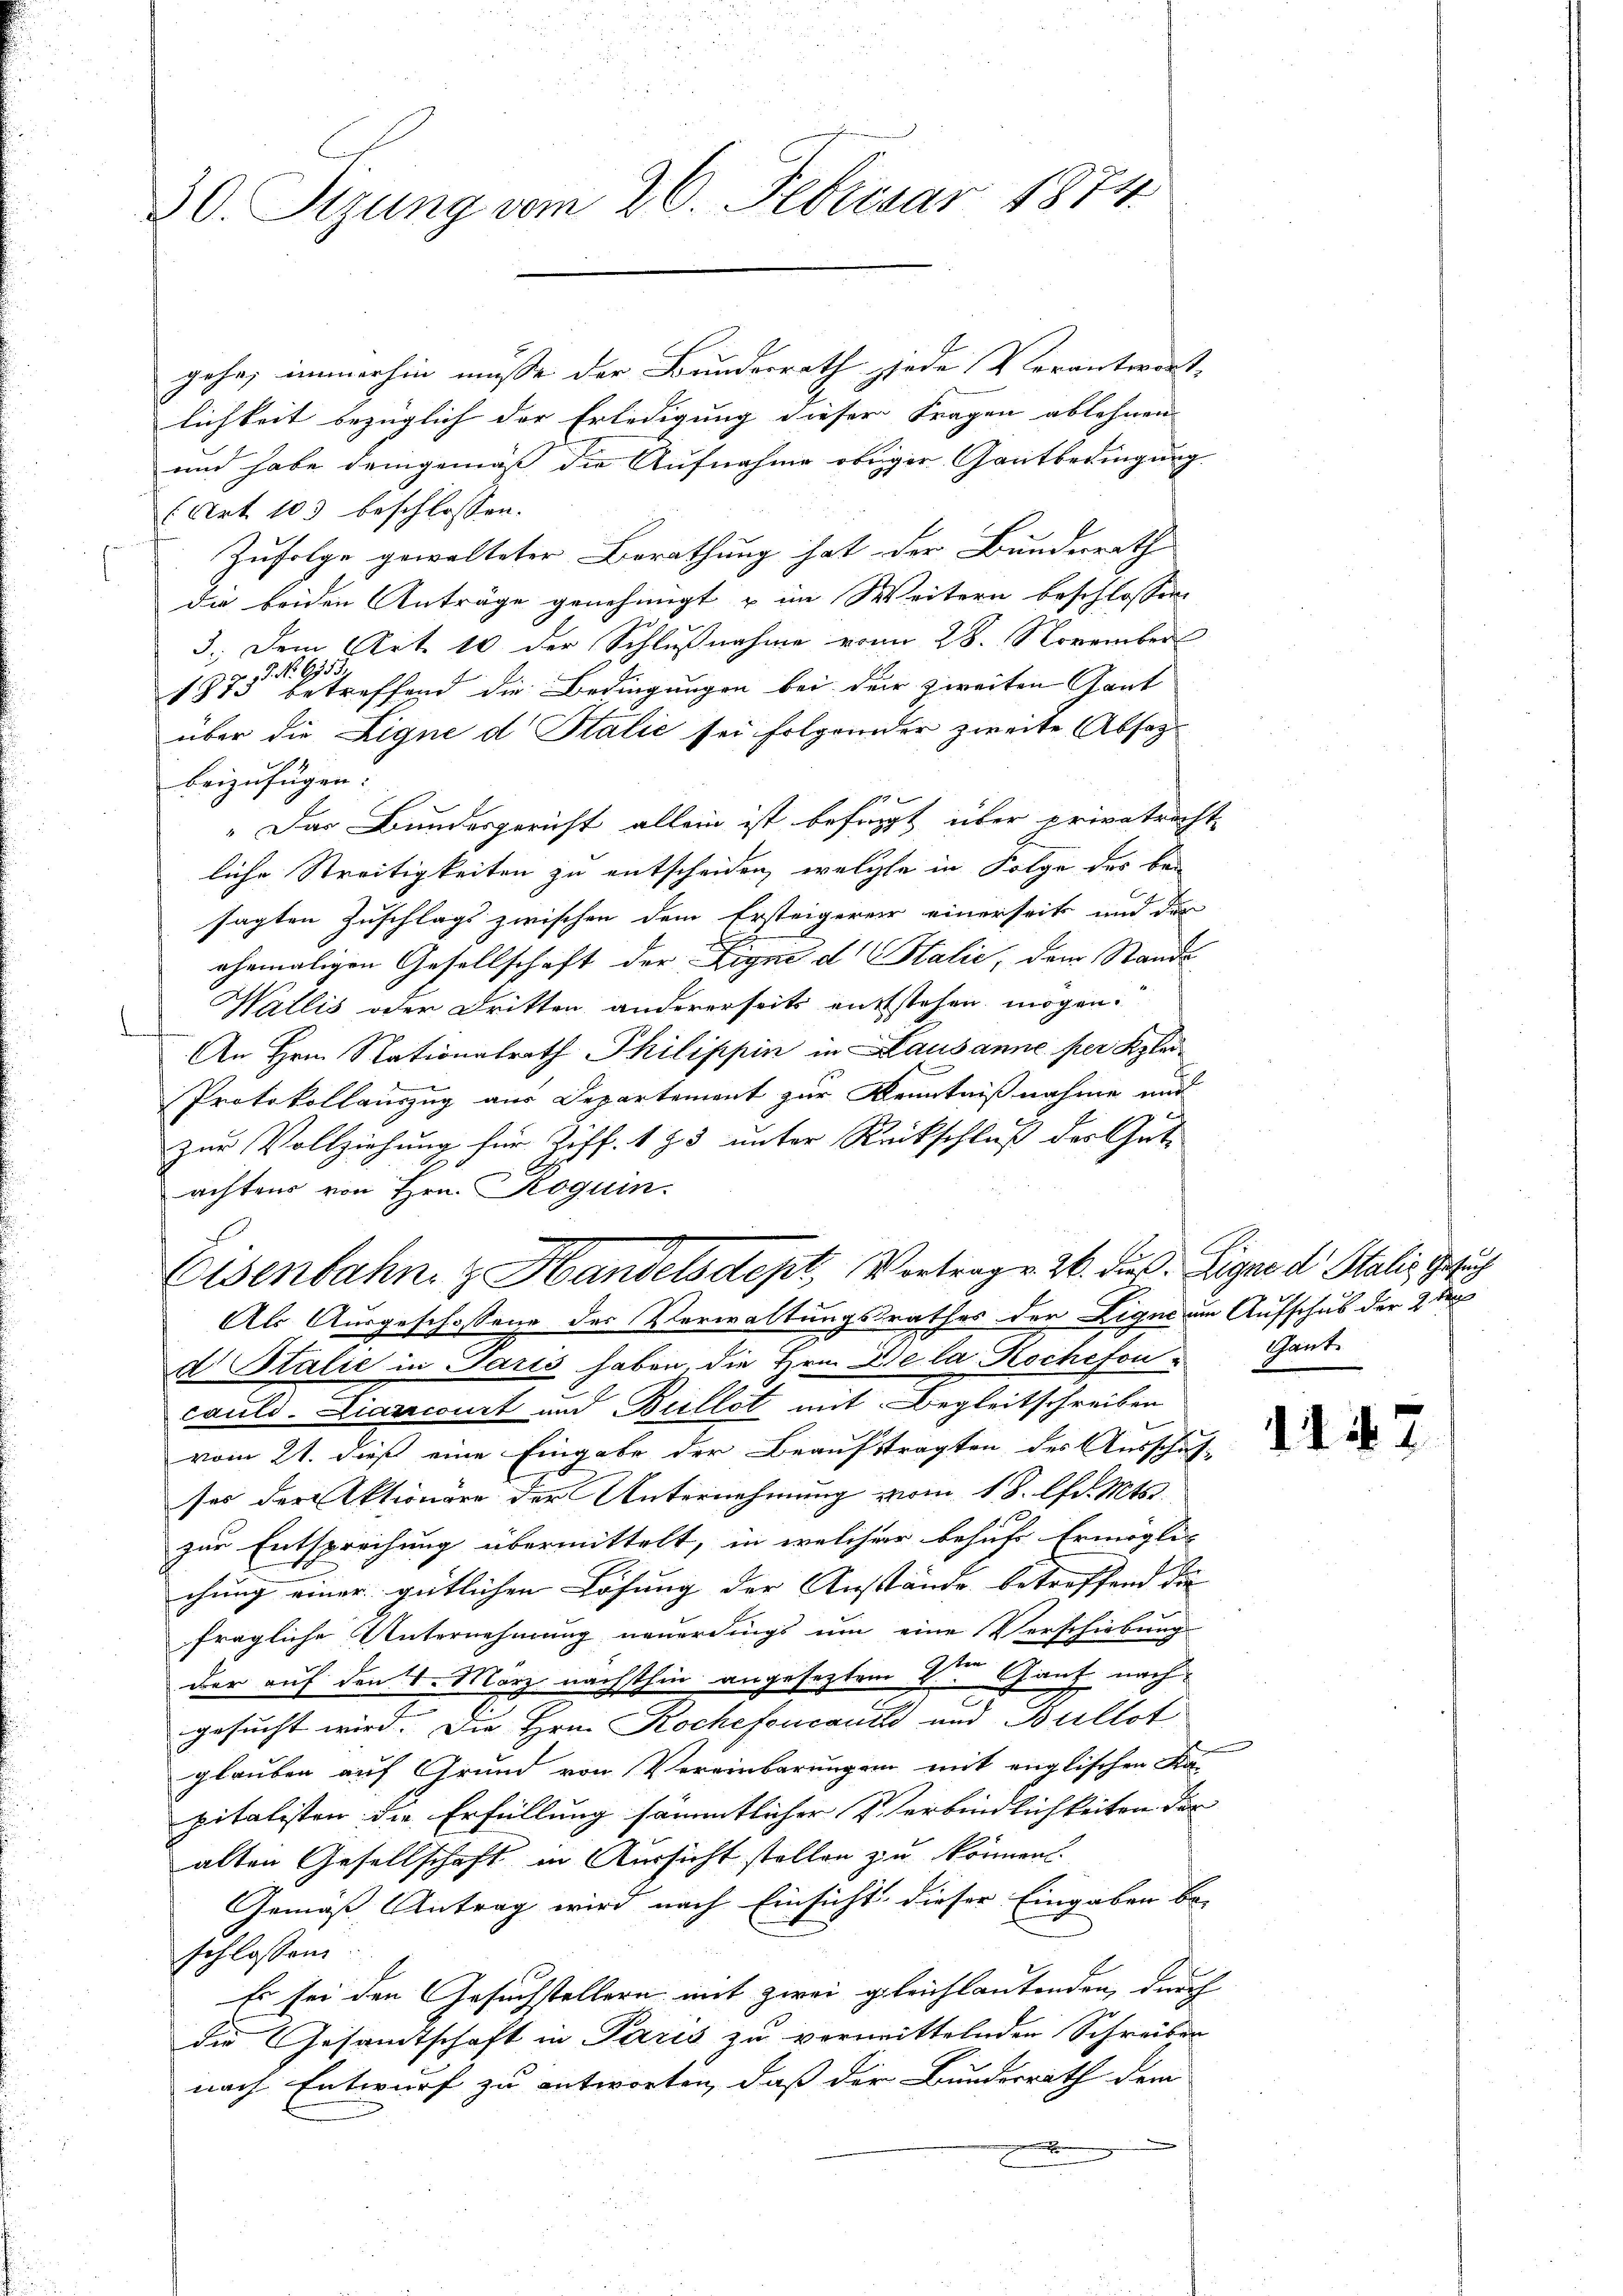
30. Sizung vom 26. Februar 1874.

gehen immerhin müsse der Bundesrath jjede Verantwort,
lichkeit bezüglich der Erledigung dieser Fragen ablehnen
und habe demgemäß die Aufnahme obriger Gantbedingung
2 Art. 103 beschlossen:
Zufolge gewalteter Berathung hat der Bundesrath
die beiden Anträge genehmigt u im Weitern beschlossen,
3. Dem Art. 10 der Schlußnahme vom 28. November
1875 betreffend die Bedingungen bei der zweiten Gant
über die Ligne d Stalić sei folgender zweite Absagbeizufügen.

„Das Bundesgericht allein ist befingt über privatrecht
liche Streitigkeiten zu entscheiden, welche in Folge des besagten Zuschlags zwischen dem Ersteigereir einerseits und der
ehemaligen Gesellschaft der Ligni d. 16 Stalić, dem Stande
Wallis oder Dritten andererseits entstehen mögen.
An Hrn. Nationalrath Philippin in Lausanne per Klei
Protokollauszug aus Departement zur Kenntnißnahme und
zur Vollziehung für Ziff. 183 unter Rückschluß des Gut-
E

achtens von Hrn. Roguin
g
Eisenbahn & Handelsdept, Vortrag v. 26. dieß. Eigne d. Stalie Gesuch
Als Ausgeschossene der Verwaltungsrathes der Lique am Aufschus der 2 ten
d. Stalić in Paris haben, die Hrn. De la Rochefon Gant
cauld-Liarcourt und Bullet mit Begleitschreiben
vom 21. dieß eine Eingabe der Beauftragten des Ausschuf-
ses der Aktionäre der Unternehmung vom 1 S. lfd. Mts.
zur Entsprechung übermittelt, in welcher behufs Ermöglic
chung einer gütlichen Lösung der Anstände betreffend die |
fragliche Unternehmung neuerdings um eine Verschiebung
der auf den 1. März nächsthin angesezten der Ganz nach
gesucht wird. Die Hrn. Kochefoucani und Bullet
glauben auf Grund von Vereinbarungen mit englischen Fa-
pitalisten die Erfüllung sämmtlicher Verbindlichkeiten der
alten Gesellschaft in Aussicht stellen zu können.
Gemäß Antrag wird nach Einsicht dieser Eingaben be-
schlossen
Es sei den Gesuchstellern mit zwei gleichlautenden, durch
die Gesamtschaft in Paris zu vermittelnden Schreiben
nach Entwurf zu antworten, daß der Bundesrath dem

1 § 7